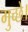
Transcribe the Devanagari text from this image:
गुच्छे।